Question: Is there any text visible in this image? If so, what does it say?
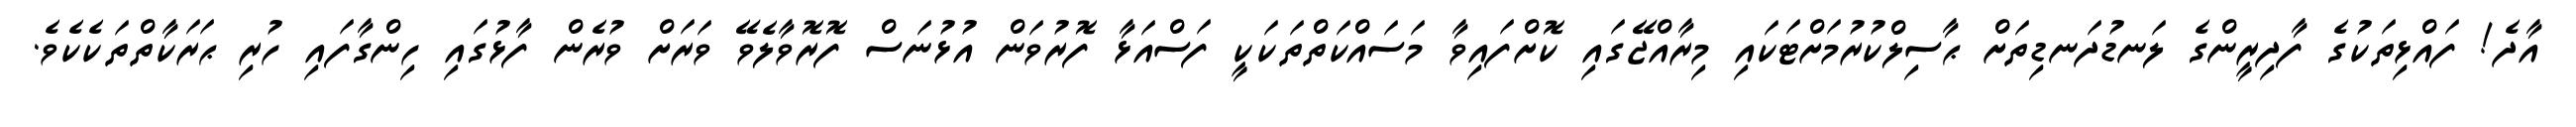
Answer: އާދެ! ފައްޅިތަކުގެ ފާދިރީންގެ ލަނޑުދަނޑިތަށް ޙާސިލްކުރުމަށްޓަކައި މިރާއްޖޭގައި ކޮށްފައިވާ މަސައްކަތްތަކަކީ ފަސްއަޅާ ފޮރުވަން އުޅުނަސް ފޮރޮވާލެވޭ ވަރަށް ވުރެން ފާޅުގައި ހިންގާފައި ހުރި ޙަރަކާތްތަކެކެވެ.